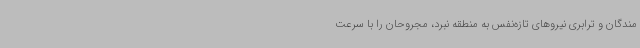
مندگان و ترابری نیروهای تازه‌نفس به منطقه نبرد، مجروحان را با سرعت